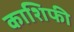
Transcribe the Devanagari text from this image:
काशिफी